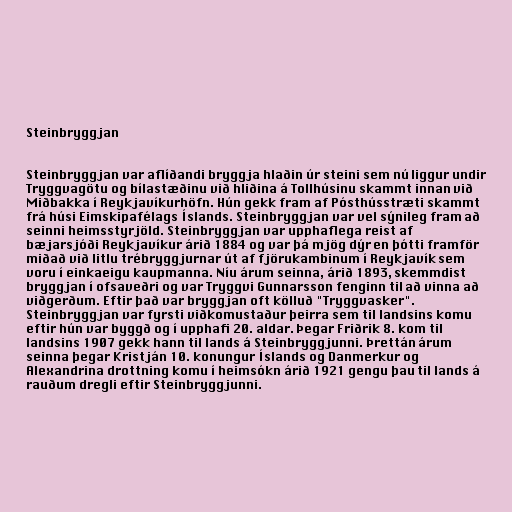
Steinbryggjan

Steinbryggjan var aflíðandi bryggja hlaðin úr steini sem nú liggur undir
Tryggvagötu og bílastæðinu við hliðina á Tollhúsinu skammt innan við
Miðbakka í Reykjavíkurhöfn. Hún gekk fram af Pósthússtræti skammt
frá húsi Eimskipafélags Íslands. Steinbryggjan var vel sýnileg fram að
seinni heimsstyrjöld. Steinbryggjan var upphaflega reist af
bæjarsjóði Reykjavíkur árið 1884 og var þá mjög dýr en þótti framför
miðað við litlu trébryggjurnar út af fjörukambinum í Reykjavík sem
voru í einkaeigu kaupmanna. Níu árum seinna, árið 1893, skemmdist
bryggjan í ofsaveðri og var Tryggvi Gunnarsson fenginn til að vinna að
viðgerðum. Eftir það var bryggjan oft kölluð "Tryggvasker".
Steinbryggjan var fyrsti viðkomustaður þeirra sem til landsins komu
eftir hún var byggð og í upphafi 20. aldar. Þegar Friðrik 8. kom til
landsins 1907 gekk hann til lands á Steinbryggjunni. Þrettán árum
seinna þegar Kristján 10. konungur Íslands og Danmerkur og
Alexandrina drottning komu í heimsókn árið 1921 gengu þau til lands á
rauðum dregli eftir Steinbryggjunni.